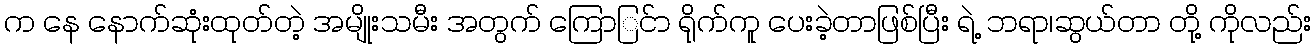
က နေ နောက်ဆုံးထုတ်တဲ့ အမျိုးသမီး အတွက် ကြောြင်ာ ရိုက်ကူ ပေးခဲ့တာဖြစ်ပြီး ရဲ့ ဘရာ၊ဆွယ်တာ တို့ ကိုလည်း